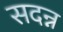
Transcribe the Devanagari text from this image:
सदन्न